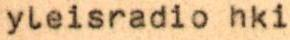
yleisradio hki